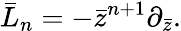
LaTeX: \bar{L}_{n}=-\bar{z}^{n+1}\partial_{\bar{z}}.